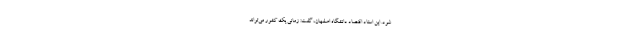
شود. این استاد اقتصاد دانشگاه اصفهان، گفت: زمانی یک کشور می‌تواند